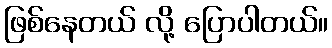
ဖြစ်နေတယ် လို့ ပြောပါတယ်။